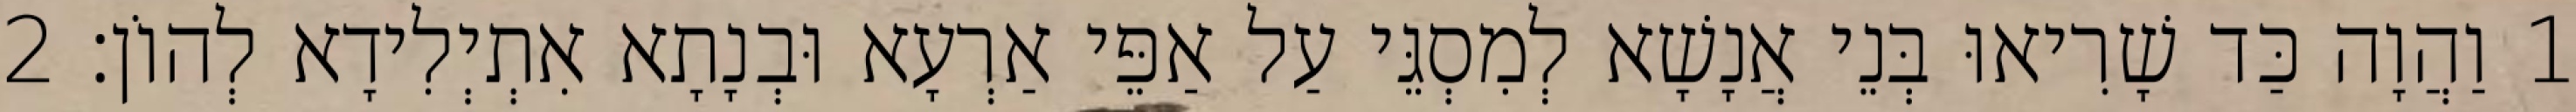
1 וַהֲוָה כַּד שָׁרִיאוּ בְּנֵי אֲנָשָׁא לְמִסְגֵּי עַל אַפֵּי אַרְעָא וּבְנָתָא אִתְיְלִידָא לְהוֹן׃ 2